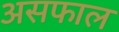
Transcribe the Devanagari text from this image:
असफाल